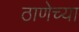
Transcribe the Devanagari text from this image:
ठाणेच्‍या